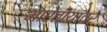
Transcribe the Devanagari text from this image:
भारतीयांवर